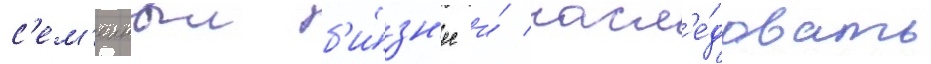
с'ем'еиныи б'и́зн'ес и́ насл'е́довать